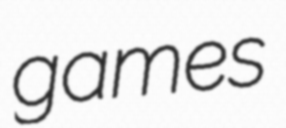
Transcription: games